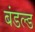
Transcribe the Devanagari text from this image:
बंडल्ड